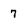
Character: 7